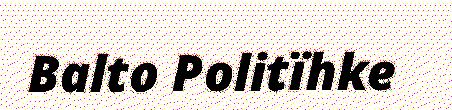
Balto Politïhke